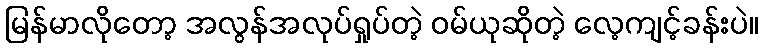
မြန်မာလိုတော့ အလွန်အလုပ်ရှုပ်တဲ့ ဝမ်ယုဆိုတဲ့ လေ့ကျင့်ခန်းပဲ။